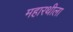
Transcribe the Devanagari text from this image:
महारथीला